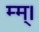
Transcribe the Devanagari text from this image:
म्म्।